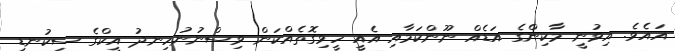
އައެވެ. އިވުނީ މާކިންގެ އަޑެއް ނޫންކަމާއި އެއީ ހީވިގޮތެއްކަން ވިސްނުނުހިނދު އީކްގެ ސިކުނޑި